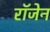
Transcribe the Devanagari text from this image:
रॉजेन